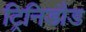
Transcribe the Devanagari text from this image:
ट्रिनिडौड